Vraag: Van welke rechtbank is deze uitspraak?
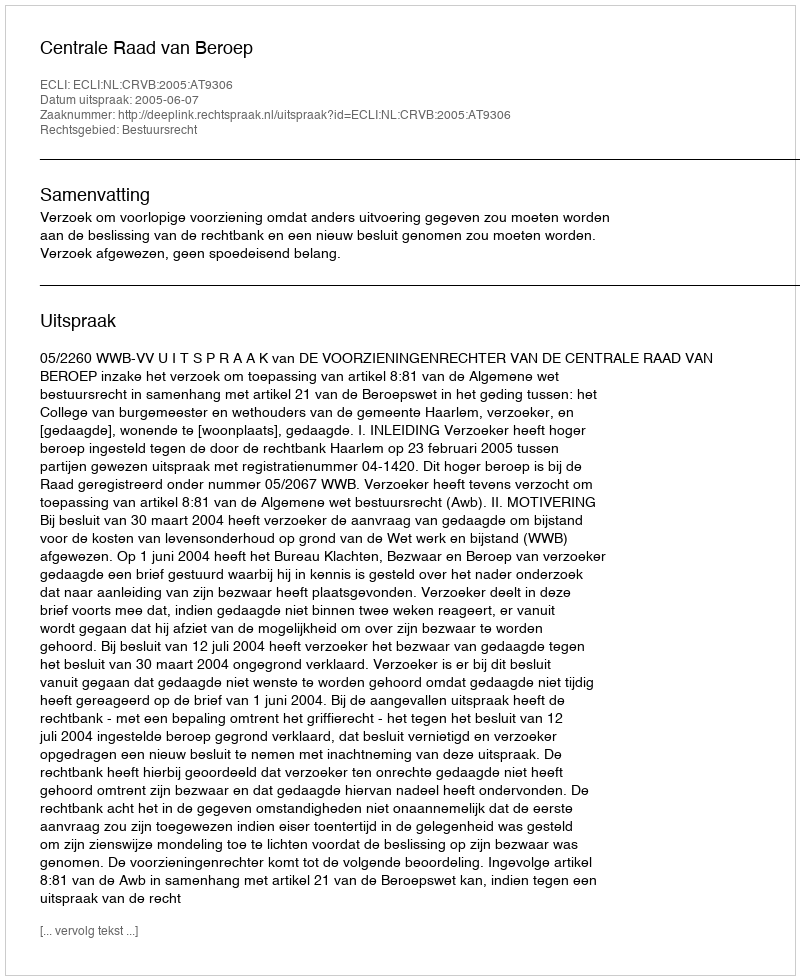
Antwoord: Centrale Raad van Beroep